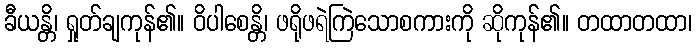
ခီယန္တိ၊ ရှုတ်ချကုန်၏။ ဝိပါစေန္တိ၊ ဖရိုဖရဲကြဲသောစကားကို ဆိုကုန်၏။ တထာတထာ၊